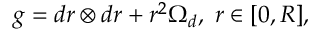
g = d r \otimes d r + r ^ { 2 } \Omega _ { d } , \; r \in [ 0 , R ] ,